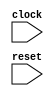
module IntervalChainedSubTester(
  input   clock,
  input   reset
);
  wire [6:0] _GEN_0 = 6'sh11 - 6'sh2; // @[IntervalSpec.scala 396:27 IntervalSpec.scala 396:27]
  wire [4:0] _intervalResult1_T = _GEN_0[4:0]; // @[IntervalSpec.scala 396:27 IntervalSpec.scala 396:27]
  wire [5:0] _GEN_2 = $signed(_intervalResult1_T) - 5'sh2; // @[IntervalSpec.scala 396:33 IntervalSpec.scala 396:33]
  wire [4:0] _intervalResult1_T_1 = _GEN_2[4:0]; // @[IntervalSpec.scala 396:33 IntervalSpec.scala 396:33]
  wire [5:0] _GEN_4 = $signed(_intervalResult1_T_1) - 5'sh2; // @[IntervalSpec.scala 396:39 IntervalSpec.scala 396:39]
  wire [4:0] _intervalResult1_T_2 = _GEN_4[4:0]; // @[IntervalSpec.scala 396:39 IntervalSpec.scala 396:39]
  wire [5:0] _GEN_6 = $signed(_intervalResult1_T_2) - 5'sh2; // @[IntervalSpec.scala 396:45 IntervalSpec.scala 396:45]
  wire [4:0] _intervalResult1_T_3 = _GEN_6[4:0]; // @[IntervalSpec.scala 396:45 IntervalSpec.scala 396:45]
  wire [5:0] _GEN_8 = $signed(_intervalResult1_T_3) - 5'sh2; // @[IntervalSpec.scala 396:51 IntervalSpec.scala 396:51]
  wire [3:0] _intervalResult1_T_4 = _GEN_8[3:0]; // @[IntervalSpec.scala 396:51 IntervalSpec.scala 396:51]
  wire [4:0] _GEN_10 = $signed(_intervalResult1_T_4) - 4'sh2; // @[IntervalSpec.scala 396:57 IntervalSpec.scala 396:57]
  wire [3:0] intervalResult1 = _GEN_10[3:0]; // @[IntervalSpec.scala 396:57 IntervalSpec.scala 396:57]
  wire [5:0] _uIntResult_T = 5'h11 - 5'h2; // @[IntervalSpec.scala 398:22]
  wire [6:0] _uIntResult_T_2 = _uIntResult_T - 6'h2; // @[IntervalSpec.scala 398:29]
  wire [7:0] _uIntResult_T_4 = _uIntResult_T_2 - 7'h2; // @[IntervalSpec.scala 398:36]
  wire [8:0] _uIntResult_T_6 = _uIntResult_T_4 - 8'h2; // @[IntervalSpec.scala 398:43]
  wire [9:0] _uIntResult_T_8 = _uIntResult_T_6 - 9'h2; // @[IntervalSpec.scala 398:50]
  wire [10:0] uIntResult = _uIntResult_T_8 - 10'h2; // @[IntervalSpec.scala 398:57]
  wire [7:0] _fixedResult_T_1 = $signed(_GEN_0) - 7'sh2; // @[IntervalSpec.scala 399:46]
  wire [8:0] _fixedResult_T_2 = $signed(_fixedResult_T_1) - 8'sh2; // @[IntervalSpec.scala 399:61]
  wire [9:0] _fixedResult_T_3 = $signed(_fixedResult_T_2) - 9'sh2; // @[IntervalSpec.scala 399:76]
  wire [10:0] _fixedResult_T_4 = $signed(_fixedResult_T_3) - 10'sh2; // @[IntervalSpec.scala 400:14]
  wire [11:0] fixedResult = $signed(_fixedResult_T_4) - 11'sh2; // @[IntervalSpec.scala 400:29]
  wire [11:0] _T_8 = $signed(_fixedResult_T_4) - 11'sh2; // @[IntervalSpec.scala 405:22]
  wire  _T_16 = ~($signed(intervalResult1) == 4'sh5 | reset); // @[IntervalSpec.scala 406:9]
  always @(posedge clock) begin
    `ifndef SYNTHESIS
    `ifdef PRINTF_COND
      if (`PRINTF_COND) begin
    `endif
        if (~(uIntResult == 11'h5 | reset)) begin
          $fwrite(32'h80000002,"Assertion failed\n    at IntervalSpec.scala:403 assert(uIntResult === 5.U)\n"); // @[IntervalSpec.scala 403:9]
        end
    `ifdef PRINTF_COND
      end
    `endif
    `endif // SYNTHESIS
    `ifndef SYNTHESIS
    `ifdef STOP_COND
      if (`STOP_COND) begin
    `endif
        if (~(uIntResult == 11'h5 | reset)) begin
          $fatal; // @[IntervalSpec.scala 403:9]
        end
    `ifdef STOP_COND
      end
    `endif
    `endif // SYNTHESIS
    `ifndef SYNTHESIS
    `ifdef PRINTF_COND
      if (`PRINTF_COND) begin
    `endif
        if (~($signed(fixedResult) == 12'sh5 | reset)) begin
          $fwrite(32'h80000002,"Assertion failed\n    at IntervalSpec.scala:404 assert(sIntResult === 5.S)\n"); // @[IntervalSpec.scala 404:9]
        end
    `ifdef PRINTF_COND
      end
    `endif
    `endif // SYNTHESIS
    `ifndef SYNTHESIS
    `ifdef STOP_COND
      if (`STOP_COND) begin
    `endif
        if (~($signed(fixedResult) == 12'sh5 | reset)) begin
          $fatal; // @[IntervalSpec.scala 404:9]
        end
    `ifdef STOP_COND
      end
    `endif
    `endif // SYNTHESIS
    `ifndef SYNTHESIS
    `ifdef PRINTF_COND
      if (`PRINTF_COND) begin
    `endif
        if (~(_T_8 == 12'h5 | reset)) begin
          $fwrite(32'h80000002,"Assertion failed\n    at IntervalSpec.scala:405 assert(fixedResult.asUInt === 5.U)\n"); // @[IntervalSpec.scala 405:9]
        end
    `ifdef PRINTF_COND
      end
    `endif
    `endif // SYNTHESIS
    `ifndef SYNTHESIS
    `ifdef STOP_COND
      if (`STOP_COND) begin
    `endif
        if (~(_T_8 == 12'h5 | reset)) begin
          $fatal; // @[IntervalSpec.scala 405:9]
        end
    `ifdef STOP_COND
      end
    `endif
    `endif // SYNTHESIS
    `ifndef SYNTHESIS
    `ifdef PRINTF_COND
      if (`PRINTF_COND) begin
    `endif
        if (~($signed(intervalResult1) == 4'sh5 | reset)) begin
          $fwrite(32'h80000002,"Assertion failed\n    at IntervalSpec.scala:406 assert(intervalResult1 === 5.I)\n"); // @[IntervalSpec.scala 406:9]
        end
    `ifdef PRINTF_COND
      end
    `endif
    `endif // SYNTHESIS
    `ifndef SYNTHESIS
    `ifdef STOP_COND
      if (`STOP_COND) begin
    `endif
        if (~($signed(intervalResult1) == 4'sh5 | reset)) begin
          $fatal; // @[IntervalSpec.scala 406:9]
        end
    `ifdef STOP_COND
      end
    `endif
    `endif // SYNTHESIS
    `ifndef SYNTHESIS
    `ifdef PRINTF_COND
      if (`PRINTF_COND) begin
    `endif
        if (_T_16) begin
          $fwrite(32'h80000002,"Assertion failed\n    at IntervalSpec.scala:407 assert(intervalResult2 === 5.I)\n"); // @[IntervalSpec.scala 407:9]
        end
    `ifdef PRINTF_COND
      end
    `endif
    `endif // SYNTHESIS
    `ifndef SYNTHESIS
    `ifdef STOP_COND
      if (`STOP_COND) begin
    `endif
        if (_T_16) begin
          $fatal; // @[IntervalSpec.scala 407:9]
        end
    `ifdef STOP_COND
      end
    `endif
    `endif // SYNTHESIS
    `ifndef SYNTHESIS
    `ifdef STOP_COND
      if (`STOP_COND) begin
    `endif
        if (~reset) begin
          $finish; // @[IntervalSpec.scala 409:7]
        end
    `ifdef STOP_COND
      end
    `endif
    `endif // SYNTHESIS
  end
endmodule